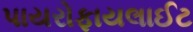
પાયરોફાયલાઈટ